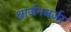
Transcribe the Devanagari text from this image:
श्वार्जनबर्जर